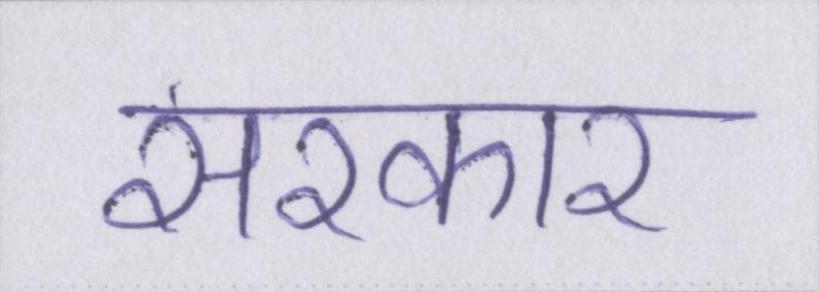
सरकार